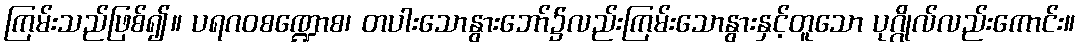
ကြမ်းသည်ဖြစ်၍။ ပရဂဝစဏ္ဍောစ၊ တပါးသောနွားဘော်၌လည်းကြမ်းသောနွားနှင့်တူသော ပုဂ္ဂိုလ်လည်းကောင်း။